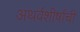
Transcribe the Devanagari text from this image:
अथर्वशीर्षांची